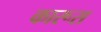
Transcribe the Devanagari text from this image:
कारूस